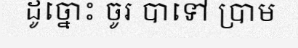
ដូច្នោះ ចូរ បាទៅ ប្រាម